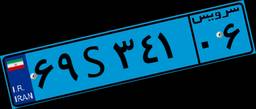
۶۹S۸۴۰۵۳